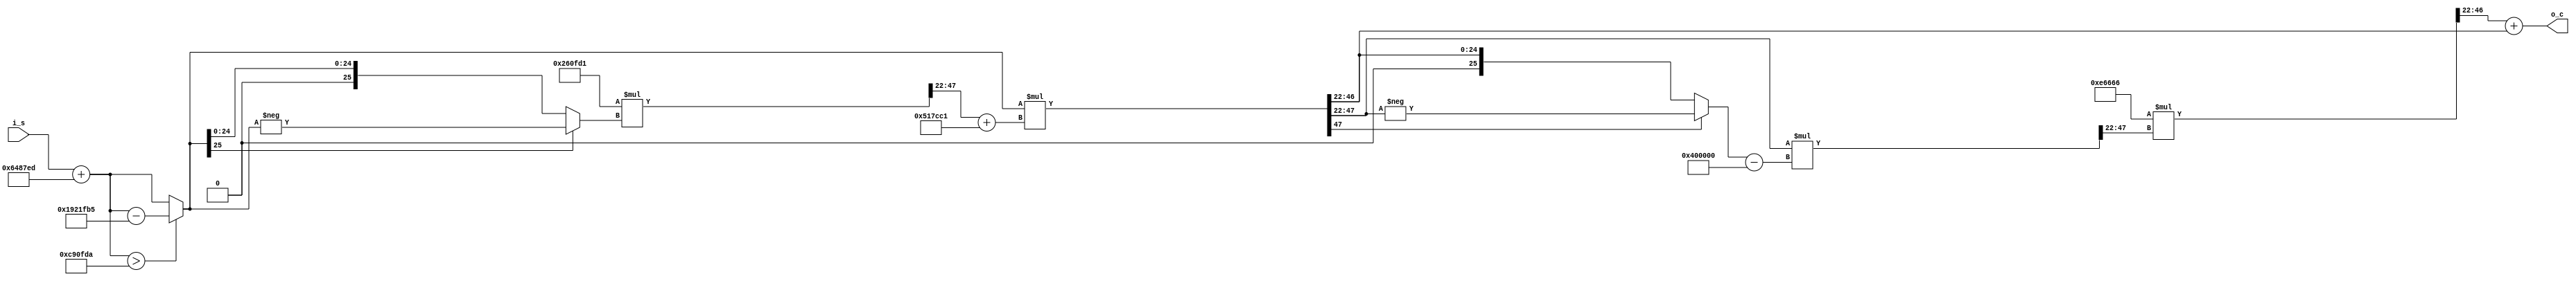
`timescale 1ns / 1ps

module cos
    #(parameter pd = 4, parameter p = 22)(
    input wire signed [pd+p-1:0] i_s, // pdQp, range: -pi, pi -> pd=3 bit for int, 1 for overflow
    //input wire clk,
	output wire signed [3+p-1:0] o_c // 3Qp
    );
    
    wire signed [pd+p-1:0] abs_p, x, m1_dw, y_dw, abs_y_dw, m2_dw, m3_dw, s, c; // pdQp
    wire signed [2*pd+2*p-1:0] y, m2, m1, m3;
	
	// constants
    wire signed [26-1:0] B, one, pi_half, pi, pi2, C, P;
	wire signed [pd+p-1:0] B_p, one_p, pi_half_p, pi_p, pi2_p, C_p, P_p;
	
	assign pi = 26'b0011_0010010000111111011010; // pi 4Q22
	assign pi2 = 26'b0110_0100100001111110110101; // 2pi 4Q22
	assign pi_half = 26'b0001_1001001000011111101101; // pi/2 4Q22
	
	assign pi_p = pi[26-1:(26-4)-p];
	assign pi2_p = pi2[26-1:(26-4)-p];
	assign pi_half_p = pi_half[26-1:(26-4)-p];
		
    assign B = 26'b0001_0100010111110011000001; // 4/pi 4Q22
	assign C = 26'b1111_1001100000111111010001; // -4/pi**2 4Q22
	assign P = 26'b0000_0011100110011001100110; // 0.225 4Q22
	assign one = 26'b0001_0000000000000000000000; // 1 4Q22
	assign B_p = B[26-1:(26-4)-p];
	assign C_p = C[26-1:(26-4)-p];
	assign P_p = P[26-1:(26-4)-p];
	assign one_p = one[26-1:(26-4)-p];

	/* debugging
	integer file;
	reg [7:0] log_cntr = 8'b0;
	initial begin
		file = $fopen("display_output_cos.txt","w");
	end
	
	always @(posedge clk) begin
		$fwrite(file, "i_s, %b\n", i_s);
		$fwrite(file, "c, %b\n", c);
		$fwrite(file, "x, %b\n", x);
		$fwrite(file, "m1, %b\n", m1);
		$fwrite(file, "y, %b\n", y);
		$fwrite(file, "y_dw, %b\n", y_dw);
		$fwrite(file, "m2, %b\n", m2);
		$fwrite(file, "m3, %b\n", m3);
		$fwrite(file, "o_c, %b\n", o_c);
		$fwrite(file, "clk cycle %b done \n\n", log_cntr);
		log_cntr <= log_cntr + 1;
	end
	
	always @(log_cntr) begin
		$display("log_cntr: %b", log_cntr); 
		if (log_cntr == 8'b00001100)
			$fclose(file);
			//log_cntr <= 8'b0;
	end
	*/
    assign c = i_s + pi_half_p; // pdQp
	assign x = (c > pi_p) ? c - pi2_p : c;
	
    assign abs_p = (x[pd+p-1] == 1'b1) ? -x : x; // pdQp
	
	assign m1 = C_p * abs_p; // (2*pd)Q(2*p)
	assign m1_dw = m1[pd+2*p:p]; // pdQpd
	
    assign y = x * (m1_dw + B_p); // pdQ(2*p)
    assign y_dw = y[pd+2*p:p]; // pdQp
	
    assign abs_y_dw = (y_dw[pd+p-1] == 1'b1) ? -y_dw : y_dw; // pdQp
	
	assign m2 = y_dw * (abs_y_dw - one_p); // (2*pd)Q(2*p)
	assign m2_dw = m2[pd+2*p:p]; // pdQp
	
    assign m3 = P_p * m2_dw; // (2*pd)Q(2*p)
	assign m3_dw = m3[pd+2*p:p]; // pdQp
	
	assign o_c = m3_dw + y_dw; // 3Qp

endmodule